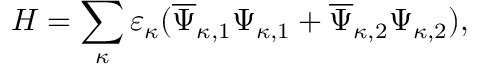
{ \cal H } = \sum _ { \kappa } ^ { } \varepsilon _ { \kappa } ( \overline { { { \Psi } } } _ { \kappa , 1 } { \Psi } _ { \kappa , 1 } + \overline { { { \Psi } } } _ { \kappa , 2 } { \Psi } _ { \kappa , 2 } ) ,